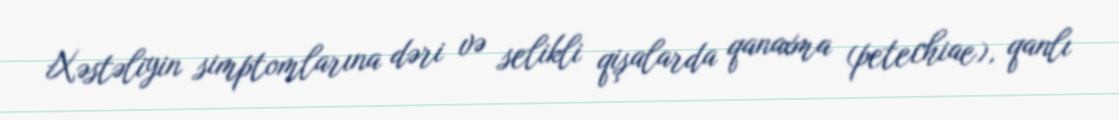
Xəstəliyin simptomlarına dəri və selikli qişalarda qanaxma (petechiae), qanlı